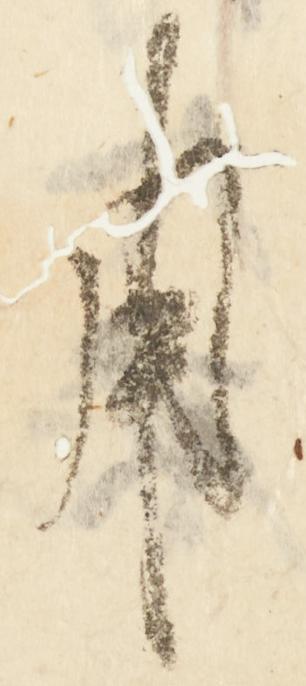
用